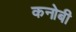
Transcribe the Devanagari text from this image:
कनोबी